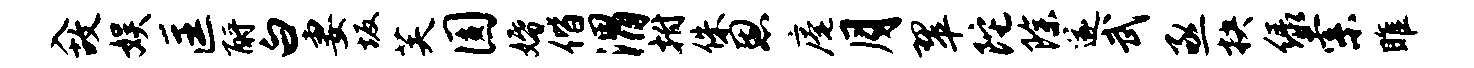
入故娱匡酹白妻坂芙圆婚偕渭拊侏恩庵月翠陀除遂武亟抉绿索雎